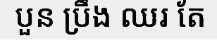
បួន ប្រឹង ឈរ តែ